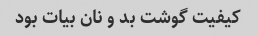
کیفیت گوشت بد و نان بیات بود